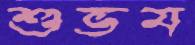
শুভম